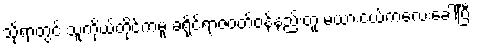
သို့ရာတွင် သူကိုယ်တိုင်ကမူ ခရိုင်ရာဇဝတ်ဝန်နည်းတူ မယားငယ်ကလေးခေါ်ပြီး